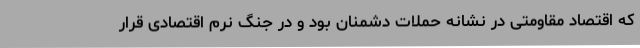
که اقتصاد مقاومتی در نشانه حملات دشمنان بود و در جنگ نرم اقتصادی قرار